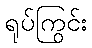
ရုပ်ကြွင်း